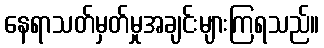
နေရာသတ်မှတ်မှုအချင်းများကြရသည်။